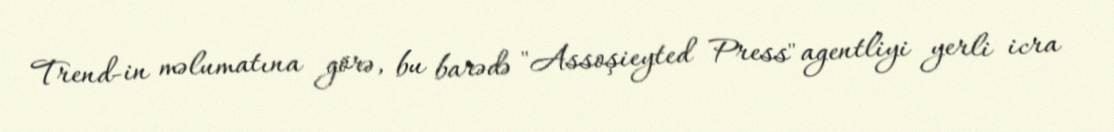
Trend-in məlumatına görə, bu barədə "Assoşieyted Press" agentliyi yerli icra